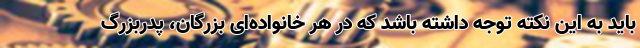
باید به این نکته توجه داشته باشد که در هر خانواده‌ای بزرگان، پدربزرگ